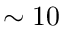
\sim 1 0